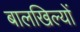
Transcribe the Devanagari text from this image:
बालखिल्यों